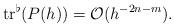
LaTeX: \begin{align*} {\rm tr}^\flat (P(h))=\mathcal{O}(h^{-2n-m}).\end{align*}